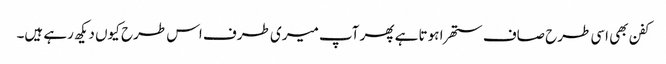
کفن بھی اسی طرح صاف ستھرا ہوتا ہے پھر آپ میری طرف اس طرح کیوں دیکھ رہے ہیں۔